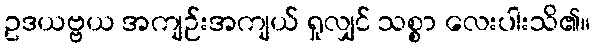
ဥဒယဗ္ဗယ အကျဉ်းအကျယ် ရှုလျှင် သစ္စာ လေးပါးသိ၏။